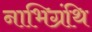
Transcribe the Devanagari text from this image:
नाभिग्रंथि